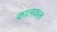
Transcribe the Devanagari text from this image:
कालकल